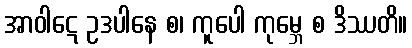
အာဝါဋေ ဥဒပါနေ စ၊ ကူပေါ ကုမ္ဘေ စ ဒိဿတိ။